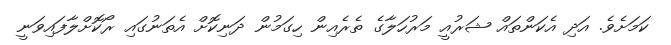
ކަމަށެވެ. އަދި އެކަންތައް ޝަރުއީ މަރުހަލާގެ ތެރެއިން ހިގަމުން ދަނިކޮށް އެތަނުގައި ރޯކޮށްލާފައިވަނީ